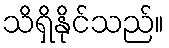
သိရှိနိုင်သည်။